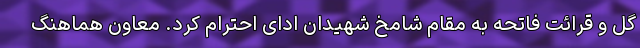
گل و قرائت فاتحه به مقام شامخ شهیدان ادای احترام کرد. معاون هماهنگ